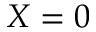
X = 0